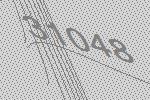
31048